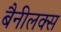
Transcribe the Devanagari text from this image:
बैनीलक्स